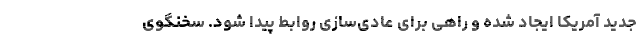
جدید آمریکا ایجاد شده و راهی برای عادی‌سازی روابط پیدا شود. سخنگوی